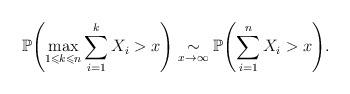
LaTeX: \begin{align*}\mathbb{P} \Biggl( \max_{1\leqslant k\leqslant n} \sum\limits_{i=1}^{k}X_i>x \Biggr) \underset{x\to\infty}\sim\mathbb{P} \Biggl(\sum\limits_{i=1}^{n}X_i>x\Biggr).\end{align*}